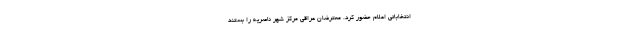
انتخاباتی اعلام حضور کرد. معترضان عراقی مرکز شهر ناصریه را بستند